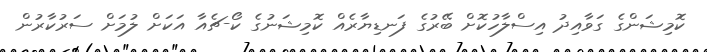
ކޮމިޝަންގެ ގަވާއިދު އިސްލާހުކޮށް ބޭރުގެ ފަނޑިޔާރެއް ކޮމިޝަނުގެ ކޯ-ޗެއާ އަކަށް ލުމަށް ސަރުކާރުން